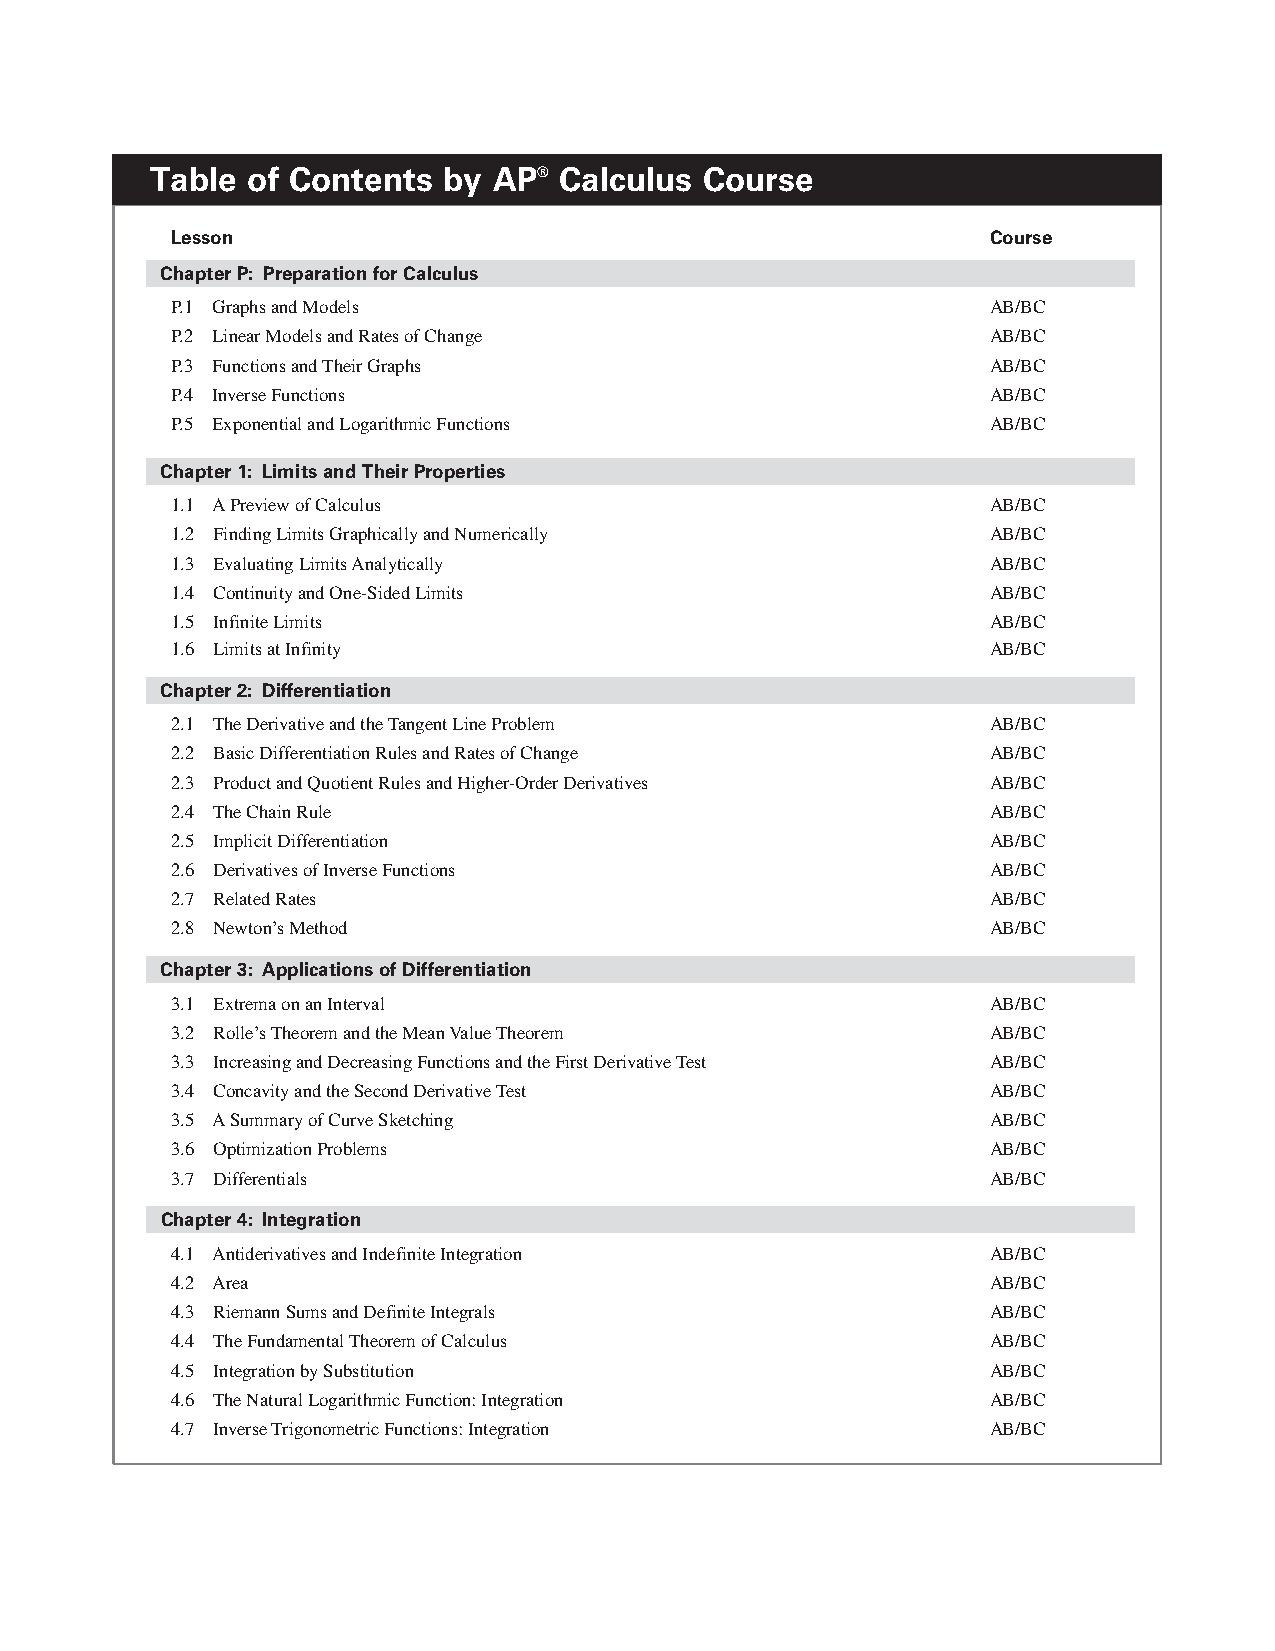
Table of Contents  by  AP® Calculus  Course
 Lesson                                                 Course
 Chapter P: Preparation for Calculus
 P.1 Graphs and Models                                  AB/BC
 P.2 Linear Models and Rates of Change                  AB/BC
 P.3 Functions and Their Graphs                         AB/BC
 P.4 Inverse Functions                                  AB/BC
 P.5 Exponential and Logarithmic Functions              AB/BC
 Chapter 1: Limits and Their Properties
 1.1 A Preview of Calculus                              AB/BC
 1.2 Finding Limits Graphically and Numerically         AB/BC
 1.3 Evaluating Limits Analytically                     AB/BC
 1.4 Continuity and One-Sided Limits                    AB/BC
 1.5 Infinite Limits                                    AB/BC
 1.6 Limits at Infinity                                 AB/BC
 Chapter 2: Differentiation
 2.1 The Derivative and the Tangent Line Problem        AB/BC
 2.2 Basic Differentiation Rules and Rates of Change    AB/BC
 2.3 Product and Quotient Rules and Higher-Order Derivatives AB/BC
 2.4 The Chain Rule                                     AB/BC
 2.5 Implicit Differentiation                           AB/BC
 2.6 Derivatives of Inverse Functions                   AB/BC
 2.7 Related Rates                                      AB/BC
 2.8 Newton’s Method                                    AB/BC
 Chapter 3: Applications of Differentiation
 3.1 Extrema on an Interval                             AB/BC
 3.2 Rolle’s Theorem and the Mean Value Theorem         AB/BC
 3.3 Increasing and Decreasing Functions and the First Derivative Test AB/BC
 3.4 Concavity and the Second Derivative Test           AB/BC
 3.5 A Summary of Curve Sketching                       AB/BC
 3.6 Optimization Problems                              AB/BC
 3.7 Differentials                                      AB/BC
 Chapter 4: Integration
 4.1 Antiderivatives and Indefinite Integration         AB/BC
 4.2 Area                                               AB/BC
 4.3 Riemann Sums and Definite Integrals                AB/BC
 4.4 The Fundamental Theorem of Calculus                AB/BC
 4.5 Integration by Substitution                        AB/BC
 4.6 The Natural Logarithmic Function: Integration      AB/BC
 4.7 Inverse Trigonometric Functions: Integration       AB/BC